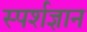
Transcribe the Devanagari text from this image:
स्‍पर्शज्ञान